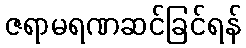
ဇရာမရဏဆင်ခြင်ရန်